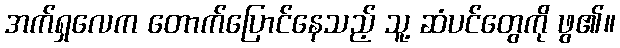
အက်ရှလေက တောက်ပြောင်နေသည့် သူ့ ဆံပင်တွေကို ဖွ၏။